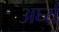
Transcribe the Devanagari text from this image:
अर्घ्यं